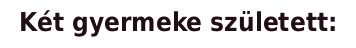
Két gyermeke született: